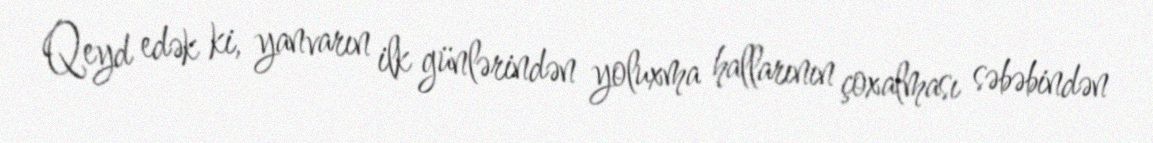
Qeyd edək ki, yanvarın ilk günlərindən yoluxma hallarının çoxalması səbəbindən